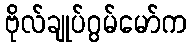
ဗိုလ်ချုပ်ဂွမ်မော်က